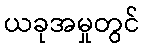
ယခုအမှုတွင်